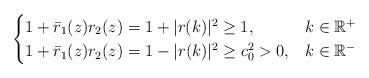
LaTeX: \begin{align*}\begin{cases}1+\bar{r}_1(z) r_2(z)=1+|r(k)|^{2} \geq 1, & k \in \mathbb{R}^{+} \\ 1+\bar{r}_1(z)r_2(z)=1-|r(k)|^{2} \geq c_{0}^{2}>0, & k \in \mathbb{R}^{-}\end{cases}\end{align*}